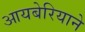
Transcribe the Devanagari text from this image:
आयबेरियाने